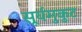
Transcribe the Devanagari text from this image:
सूर्यमुकुट